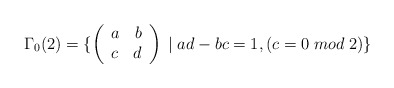
\begin{align*}\Gamma_0(2)=\{ \left( \begin{array}{lr}a & b \\ c & d\end{array}\right)\; |\; ad-bc=1, \left( c=0\; mod\; 2 \right)\} \end{align*}